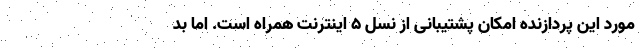
مورد این پردازنده امکان پشتیبانی از نسل ۵ اینترنت همراه است. اما بد